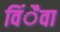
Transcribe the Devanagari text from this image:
विंैवा